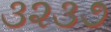
૩૨૩૭